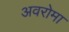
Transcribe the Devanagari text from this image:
अवरोमा